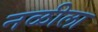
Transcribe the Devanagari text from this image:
नळीला